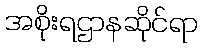
အစိုးရဌာနဆိုင်ရာ